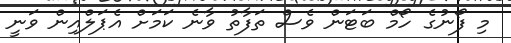
މި ފޯނުގެ ހޯމް ބަޓަން ވެސް ތަފާތު ވާނެ ކަމަށް އެޕަލްއިން ވަނީ